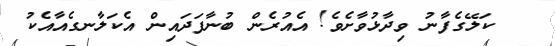
ކަލޭގެފާނު ވިދާޅުވާށެވެ! އެއުރެން ބުނާފަދައިން އެކަލާނގެއާއެކު